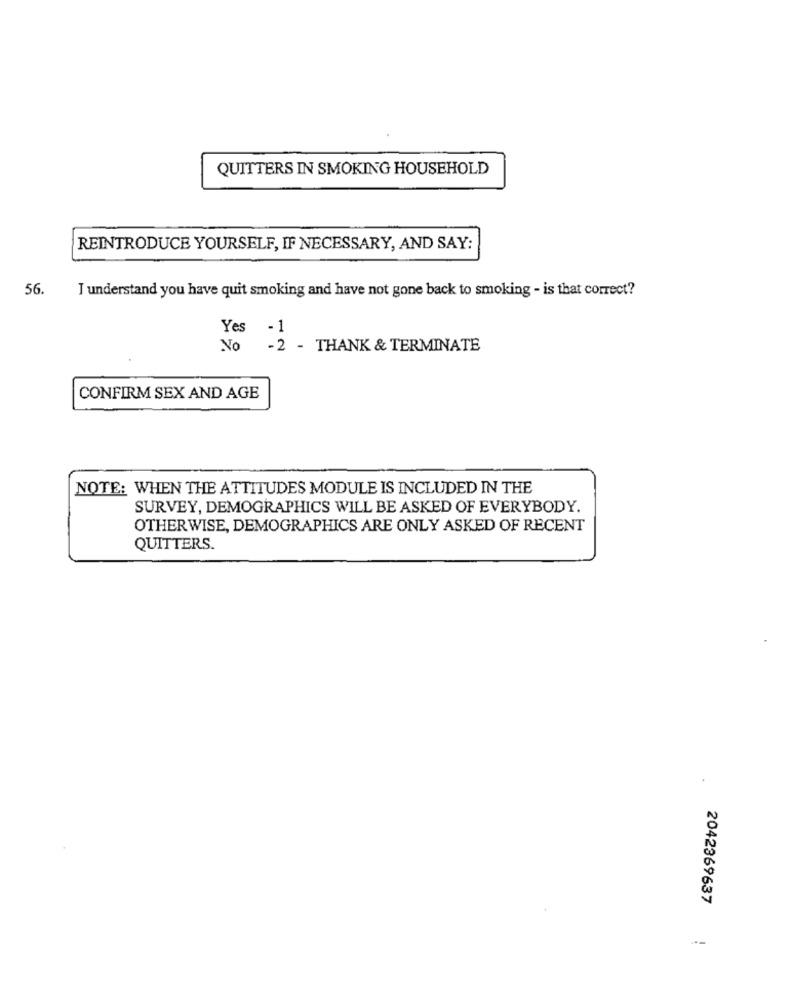
QUITTERS IN SMOKING HOUSEHOLD
REINTRODUCE YOURSELF, IF NECESSARY, AND SAY:
56
I understand you have quit smoking and have not gone back to smoking - is that correct?
Yes -1
No
-2 - THANK & TERMINATE
CONFIRM SEX AND AGE
NOTE: WHEN THE ATTITUDES MODULE IS INCLUDED IN THE
SURVEY, DEMOGRAPHICS WILL BE ASKED OF EVERYBODY.
OTHERWISE, DEMOGRAPHICS ARE ONLY ASKED OF RECENT
QUITTERS.
2042369637